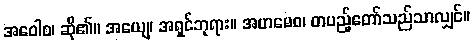
အဝေါစ၊ ဆို၏။ အယျေ၊ အရှင်ဘုရား။ အဟမေဝ၊ တပည့်တော်သည်သာလျှင်။